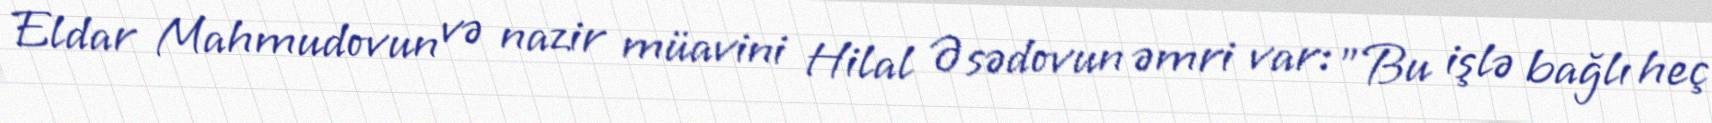
Eldar Mahmudovun və nazir müavini Hilal Əsədovun əmri var: "Bu işlə bağlı heç